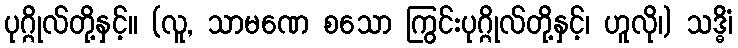
ပုဂ္ဂိုလ်တို့နှင့်။ (လူ, သာမဏေ စသော ကြွင်းပုဂ္ဂိုလ်တို့နှင့်၊ ဟူလို၊) သဒ္ဓိံ၊